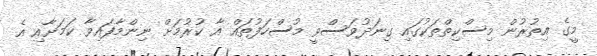
މީގެ އިތުރުން މިސްކިތްތަކުގައި ގިނަދުވަސްވީ މުސްހަފުތައް އާ ކުރުމަށް ނިންމާފައިވާ ކަމަށާއި އެ